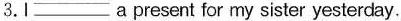
3.I ___ a present for my sister yesterday.